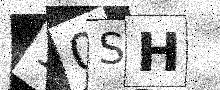
Text: 10SH